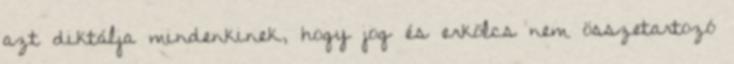
azt diktálja mindenkinek, hogy jog és erkölcs nem összetartozó